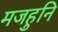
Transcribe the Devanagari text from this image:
मजहुनि